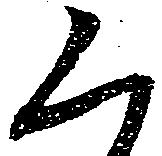
く